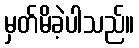
မှတ်မိခဲ့ပါသည်။